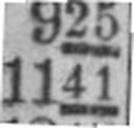
1141